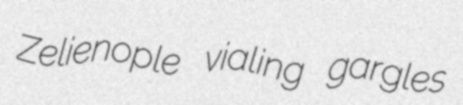
Zelienople vialing gargles